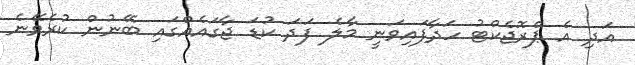
އަދި އެ ޕްރޮޖެކްޓު ހަދާފައިވަނީ މާލެ ފަދަ ކުޑަ ޖާގައެއްގައި ބޭނުން ކުރެވޭނެ